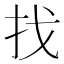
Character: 找